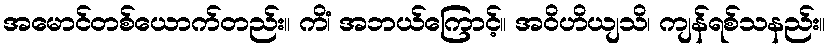
အမောင်တစ်ယောက်တည်း။ ကိံ၊ အဘယ်ကြောင့်။ အဝိဟိယျသိ၊ ကျန်ရစ်သနည်း။